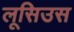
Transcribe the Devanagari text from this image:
लूसिउस